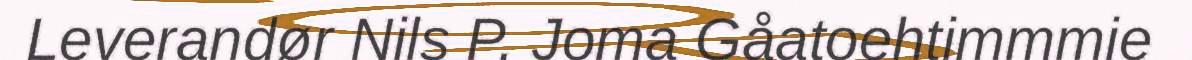
Leverandør Nils P. Joma Gåatoehtimmmie